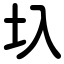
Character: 圦